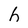
Character: h